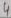
Text: 4